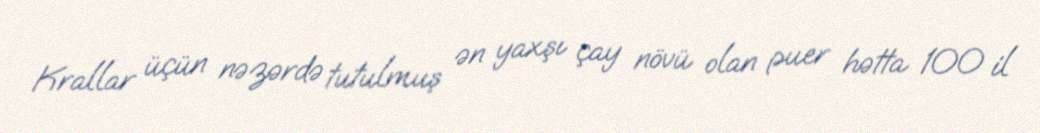
Krallar üçün nəzərdə tutulmuş ən yaxşı çay növü olan puer hətta 100 il